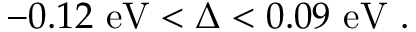
- 0 . 1 2 ~ \mathrm { e V } < \Delta < 0 . 0 9 ~ \mathrm { e V } \ .